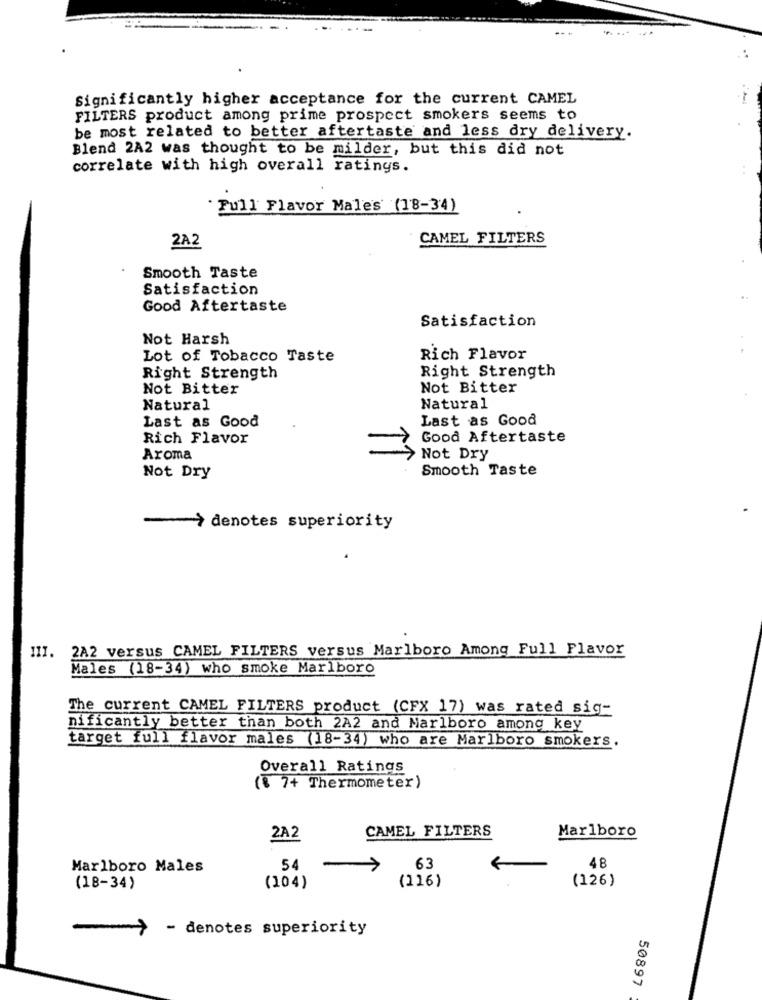
Significantly higher acceptance for the current CAMEL
FILTERS product among prime prospect smokers seems to
be most related to better aftertaste and less dry delivery.
Blend 2A2 was thought to be milder, but this did not
correlate with high overall ratings.
Full Flavor Males (18-34)
CAMEL FILTERS
2A2
Smooth Taste
Satisfaction
Good Aftertaste
Satisfaction
Not Harsh
Lot of Tobacco Taste
Rich Flavor
Right Strength
Right Strength
Not Bitter
Not Bitter
Natural
Natural
Last as Good
Last as Good
Rich Flavor
Good Aftertaste
Aroma
>Not Dry
Smooth Taste
Not Dry
-> denotes superiority
2A2 versus CAMEL FILTERS versus Marlboro Among Full Flavor
111.
Males (18-34) who smoke Marlboro
The current CAMEL FILTERS product (CFX 17) was rated sig-
nificantly better than both 2A2 and Marlboro among key
target full flavor males (18-34) who are Marlboro smokers.
Overall Ratings
(8 7+ Thermometer)
CAMEL FILTERS
2A2
Marlboro
Marlboro Males
54
63
48
(116)
(126)
(18-34)
(104)
- denotes superiority
50897